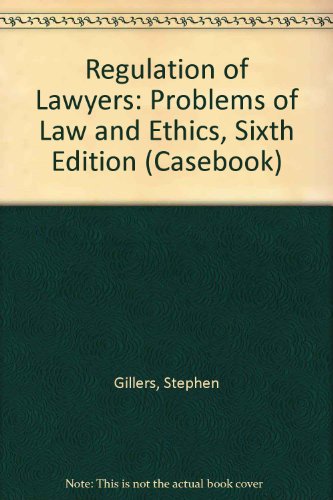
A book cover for Regulation of Lawyers: Problems of Law and Ethics (Casebook); Stephen Gillers; Law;